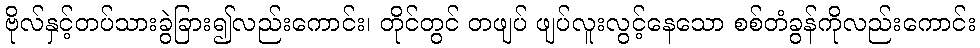
ဗိုလ်နှင့်တပ်သားခွဲခြား၍လည်းကောင်း၊ တိုင်တွင် တဖျပ် ဖျပ်လူးလွင့်နေသော စစ်တံခွန်ကိုလည်းကောင်း